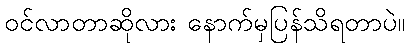
ဝင်လာတာဆိုလား နောက်မှပြန်သိရတာပဲ။